Laidoner,_Johan, lk 115
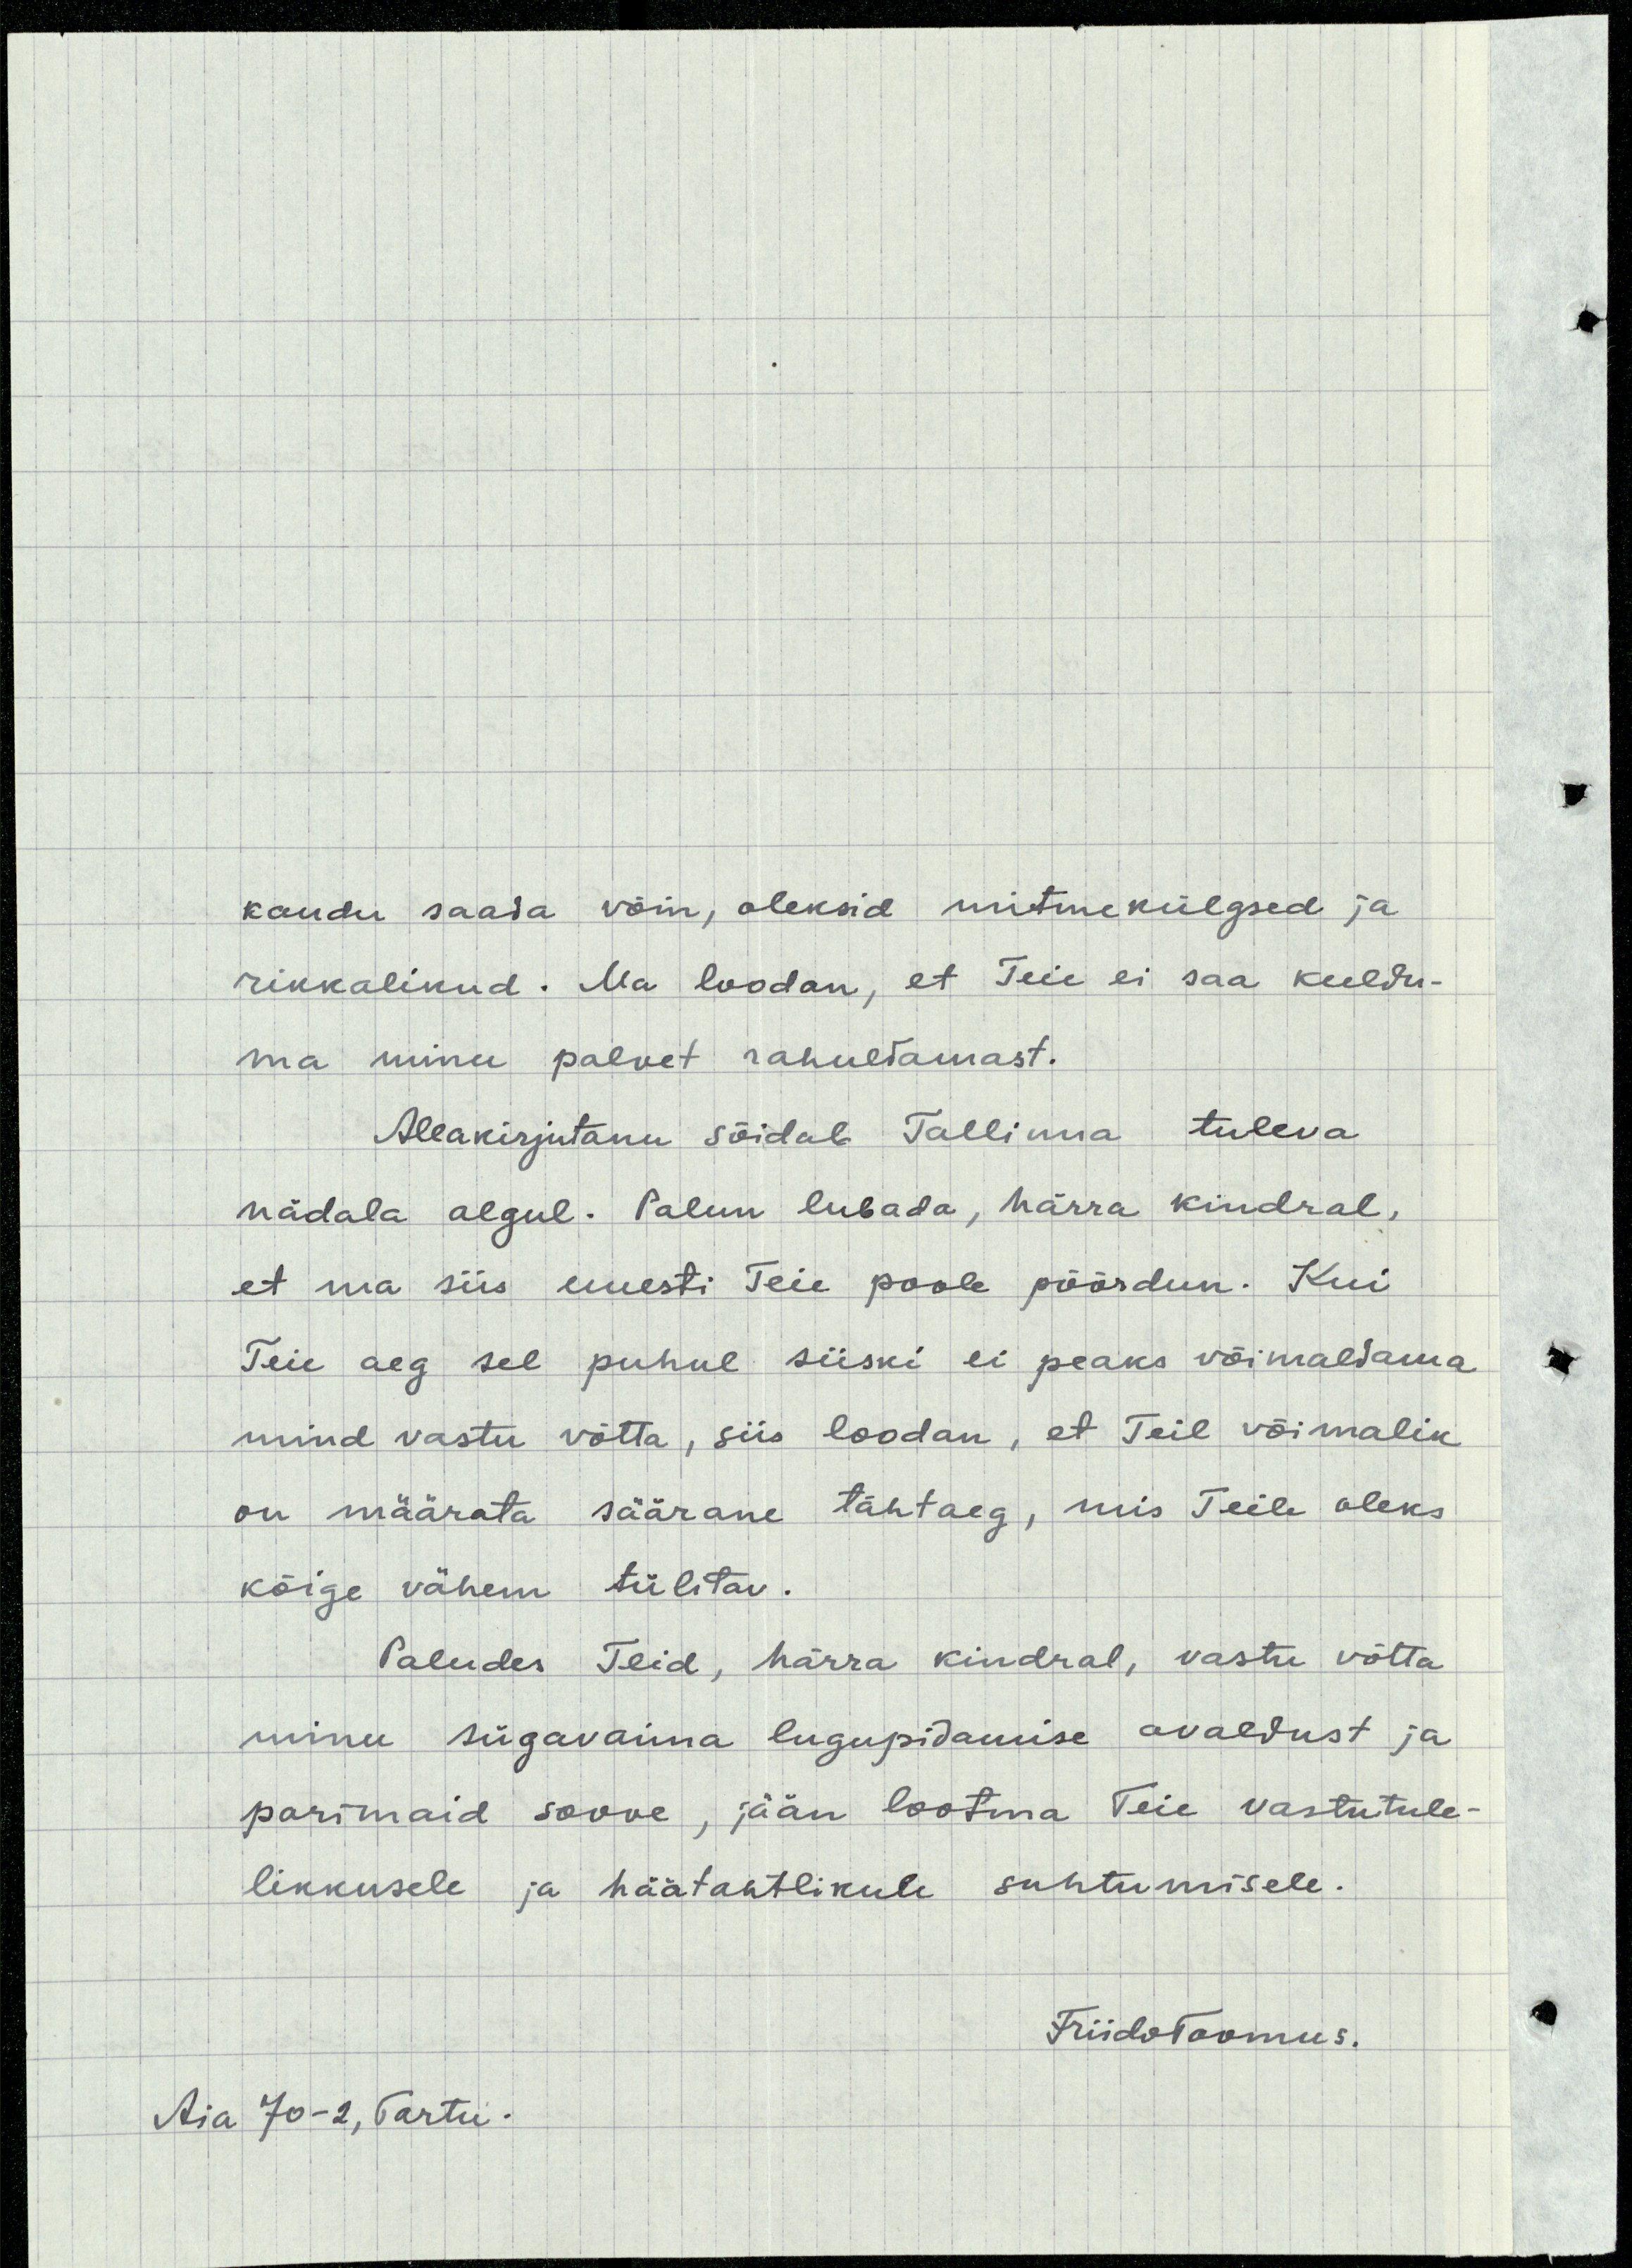
kaudu saada võin, oleksid mitmekülgsed ja
rikkalikud. Ma loodan, et Teie ei saa keeldu-
ma minu palvet rahuldamast.
Allakirjutanu sõidab Tallinna tuleva
nädala algul. Palun lubada, härra kindral,
et ma siis uuesti Teie poole pöördun. Kui
Teie aeg sel puhul siiski ei peaks võimaldama
mind vastu võtta, siis loodan, et Teil võimalik
on määrata säärane tähtaeg, mis Teile oleks
kõige vähem tülitav.
Paludes Teid, härra kindral, vastu võtta
minu sügavaima lugupidamise avaldust ja
parimaid soove, jään lootma Teie vastutule-
likkusele ja häätahtlikule suhtumisele.
FriidoToomus.
Aia 70-2, Tartu.